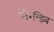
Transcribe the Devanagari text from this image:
सेरेन्डिब